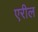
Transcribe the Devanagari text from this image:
एरील